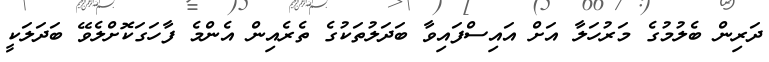
ދަރިން ބެލުމުގެ މަރުހަލާ އަށް އައިސްފައިވާ ބަދަލުތަކުގެ ތެރެއިން އެންމެ ފާހަގަކޮށްލެވޭ ބަދަލަކީ